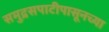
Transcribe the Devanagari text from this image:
समुद्रसपाटीपासूनच्या